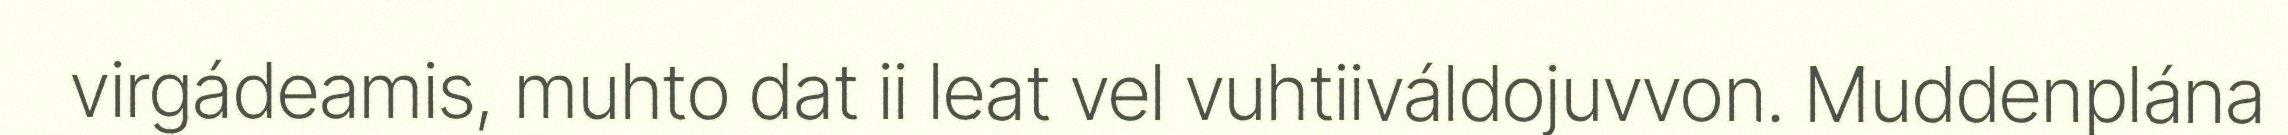
virgádeamis, muhto dat ii leat vel vuhtiiváldojuvvon. Muddenplána